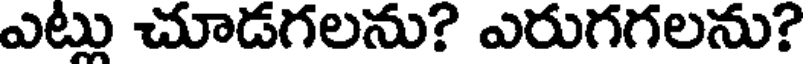
ఎట్లు చూడగలను? ఎరుగగలను?